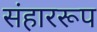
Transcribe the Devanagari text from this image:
संहाररूप